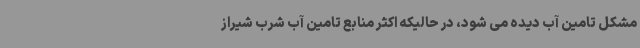
مشکل تامین آب دیده می شود، در حالیکه اکثر منابع تامین آب شرب شیراز